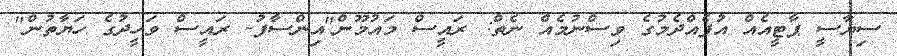
ސިޔާސީ ޕާޓީއެއް އުފެއްދެމުގެ ވިސްނުމެއް ނެތް: ރައީސް މައުމޫން"އިންސާފު- ރައީސް ވަހީދުގެ ހަޔާތުން"